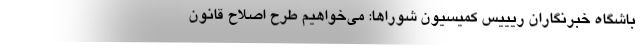
باشگاه خبرنگاران ریییس کمیسیون شوراها: می‌خواهیم طرح اصلاح قانون